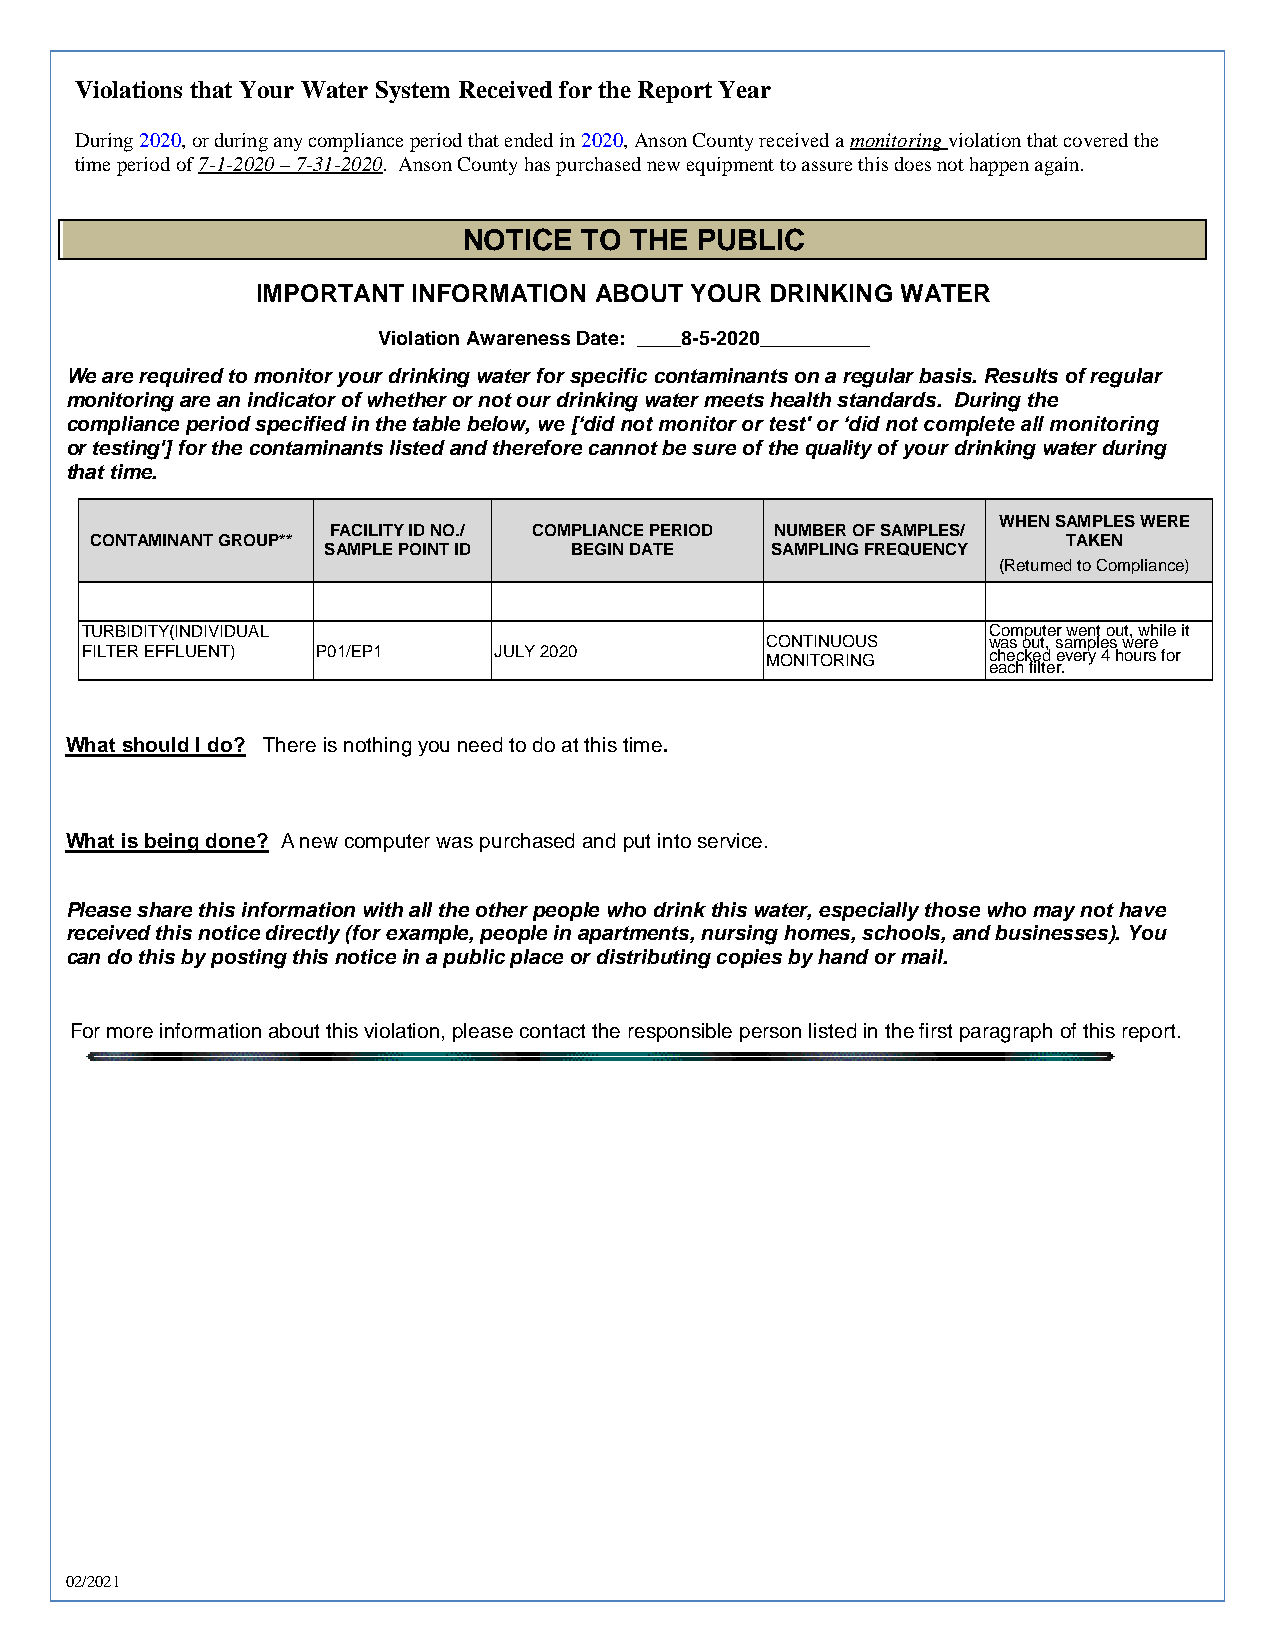
Violations that Your Water System Received for the Report Year
 During 2020, or during any compliance period that ended in 2020, Anson County received a monitoring violation that covered the
 time period of 7-1-2020 – 7-31-2020. Anson County has purchased new equipment to assure this does not happen again.
 NOTICE  TO THE PUBLIC
 IMPORTANT INFORMATION ABOUT  YOUR DRINKING WATER
 Violation Awareness Date: ____8-5-2020__________
 We are required to monitor your drinking water for specific contaminants on a regular basis. Results of regular
 monitoring are an indicator of whether or not our drinking water meets health standards. During the
 compliance period specified in the table below, we [‘did not monitor or test' or ‘did not complete all monitoring
 or testing'] for the contaminants listed and therefore cannot be sure of the quality of your drinking water during
 that time.
 WHEN SAMPLES WERE
 FACILITY ID NO./ COMPLIANCE PERIOD NUMBER OF SAMPLES/
 CONTAMINANT GROUP**                                              TAKEN
 SAMPLE POINT ID  BEGIN DATE   SAMPLING FREQUENCY
 (Returned to Compliance)
 TURBIDITY(INDIVIDUAL                                        Computer went out, while it
 CONTINUOUS    was out, samples were
 FILTER EFFLUENT) P01/EP1    JULY 2020         MONITORING    checked every 4 hours for
 each filter.
 What should I do? There is nothing you need to do at this time.
 What is being done? A new computer was purchased and put into service.
 Please share this information with all the other people who drink this water, especially those who may not have
 received this notice directly (for example, people in apartments, nursing homes, schools, and businesses). You
 can do this by posting this notice in a public place or distributing copies by hand or mail.
 For more information about this violation, please contact the responsible person listed in the first paragraph of this report.
 02/2021